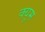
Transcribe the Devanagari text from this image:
क्यूम